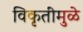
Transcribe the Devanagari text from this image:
विकृतींमुळे